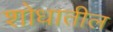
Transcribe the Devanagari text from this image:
शोधातील